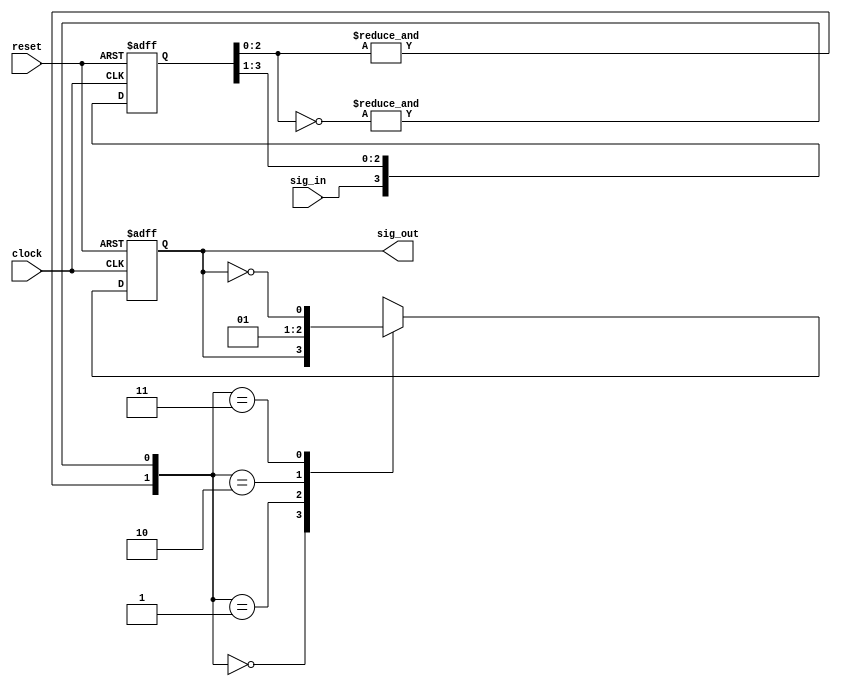

  `timescale 10ns / 1ns
  
  module filter(output reg sig_out, input clock, reset, sig_in);
    
    reg[0:3] q;
    wire j,k;
    
    assign j = &q[1:3];
    assign k = &(~q[1:3]);
    
    // D latches
    always @(posedge clock or negedge reset)
    begin
      if (!reset)
        q <= 4'b0;
      else
        begin
          q[0] <= sig_in;
          q[1:3] <= q[0:2];
        end
    end
    
    // J-K Filp-Flop
    always @(posedge clock or negedge reset)
    begin
      if (!reset)
        sig_out <= 1'b0;
      else
        begin
          case ({j,k})
            2'b00: sig_out <= sig_out;
            2'b01: sig_out <= 1'b0;
            2'b10: sig_out <= 1'b1;
            2'b11: sig_out <= ~sig_out;
            default: sig_out <= 2'bxx;
          endcase
        end
    end
    
  endmodule